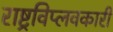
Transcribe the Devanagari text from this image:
राष्ट्रविप्लवकारी